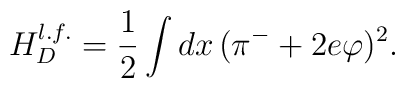
H_D^{l.f.}= \frac{1}{2}\int dx  \, (\pi^{-}+2e\varphi)^{2}.